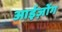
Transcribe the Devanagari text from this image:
आईज़ोंग